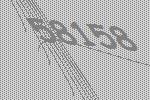
58158